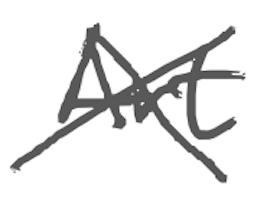
Text: Art
Cross-out: cross
Writing tool: digital_gray